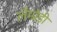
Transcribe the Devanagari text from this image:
लैम्प्रेडी